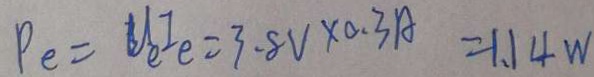
P _ { e } = U _ { e ^ { I } e } = 3 . 8 V \times 0 . 3 A = 1 . 1 4 W